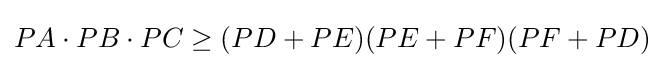
PA\cdot PB\cdot PC\geq (PD+PE)(PE+PF)(PF+PD)